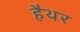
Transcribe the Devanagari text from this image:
हैथर